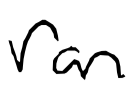
Text: ran
Cross-out: clean
Writing tool: digital_black